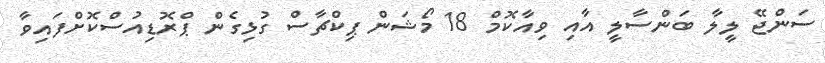
ސަންޖޭ ލީލާ ބަންސާލީ އާއި ވިއާކޮމް 18 މޯޝަން ޕިކްޗާސް ގުޅިގެން ޕްރޮޑިއުސްކޮށްފައިވާ